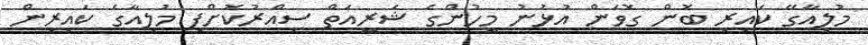
މުލިއާގޭ ކައިރި ބޮން ގޮވަން އުޅުނު މީހުންގެ ޝަރީއަތް ސިއްރުކޮށްފި މުލިއާގެ ކައިރިން